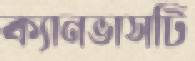
ক্যানভাসটি